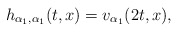
\begin{align*}h_{\alpha_{1}, \alpha_{1}}(t, x) = v_{\alpha_{1}}(2t, x),\end{align*}